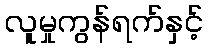
လူမှုကွန်ရက်နှင့်